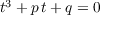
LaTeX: t ^ { 3 } + p \, t + q = 0